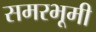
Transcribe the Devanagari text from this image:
समरभूमी